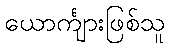
ယောင်္ကျားဖြစ်သူ